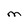
Character: M